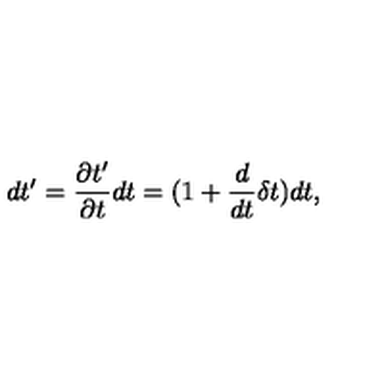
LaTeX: d t ^ { \prime } = \frac { \partial t ^ { \prime } } { \partial t } d t = ( 1 + \frac { d } { d t } \delta t ) d t ,